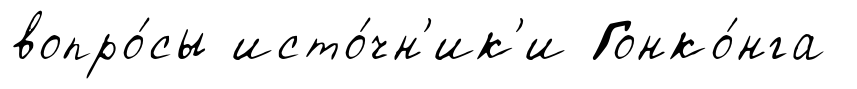
вопро́сы исто́чн'ик'и Гонко́нга